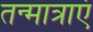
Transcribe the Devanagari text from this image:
तन्मात्राएं